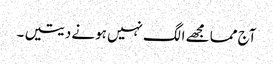
آج مما مجھے الگ نہیں ہونے دیتیں ۔